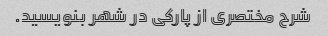
شرح مختصری از پارکی در شهر بنویسید.